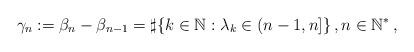
LaTeX: \begin{align*}\gamma_n :=\beta_n -\beta_{n-1}=\sharp\{k\in\mathbb{N}: \lambda_k\in (n-1,n]\}\, , n\in\mathbb{N}^*\, ,\end{align*}